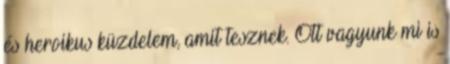
és heroikus küzdelem, amit tesznek. Ott vagyunk mi is